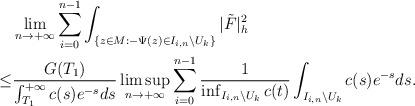
LaTeX: \begin{align*}&\lim_{n\to+\infty}\sum_{i=0}^{n-1}\int_{\{z\in M:-\Psi(z)\in I_{i,n}\backslash U_k\}}|\tilde F|^2_h\\\le&\frac{G(T_1)}{\int_{T_1}^{+\infty}c(s)e^{-s}ds}\limsup_{n\to+\infty}\sum_{i=0}^{n-1}\frac{1}{\inf_{I_{i,n}\backslash U_k}c(t)}\int_{I_{i,n}\backslash U_k}c(s)e^{-s}ds.\end{align*}